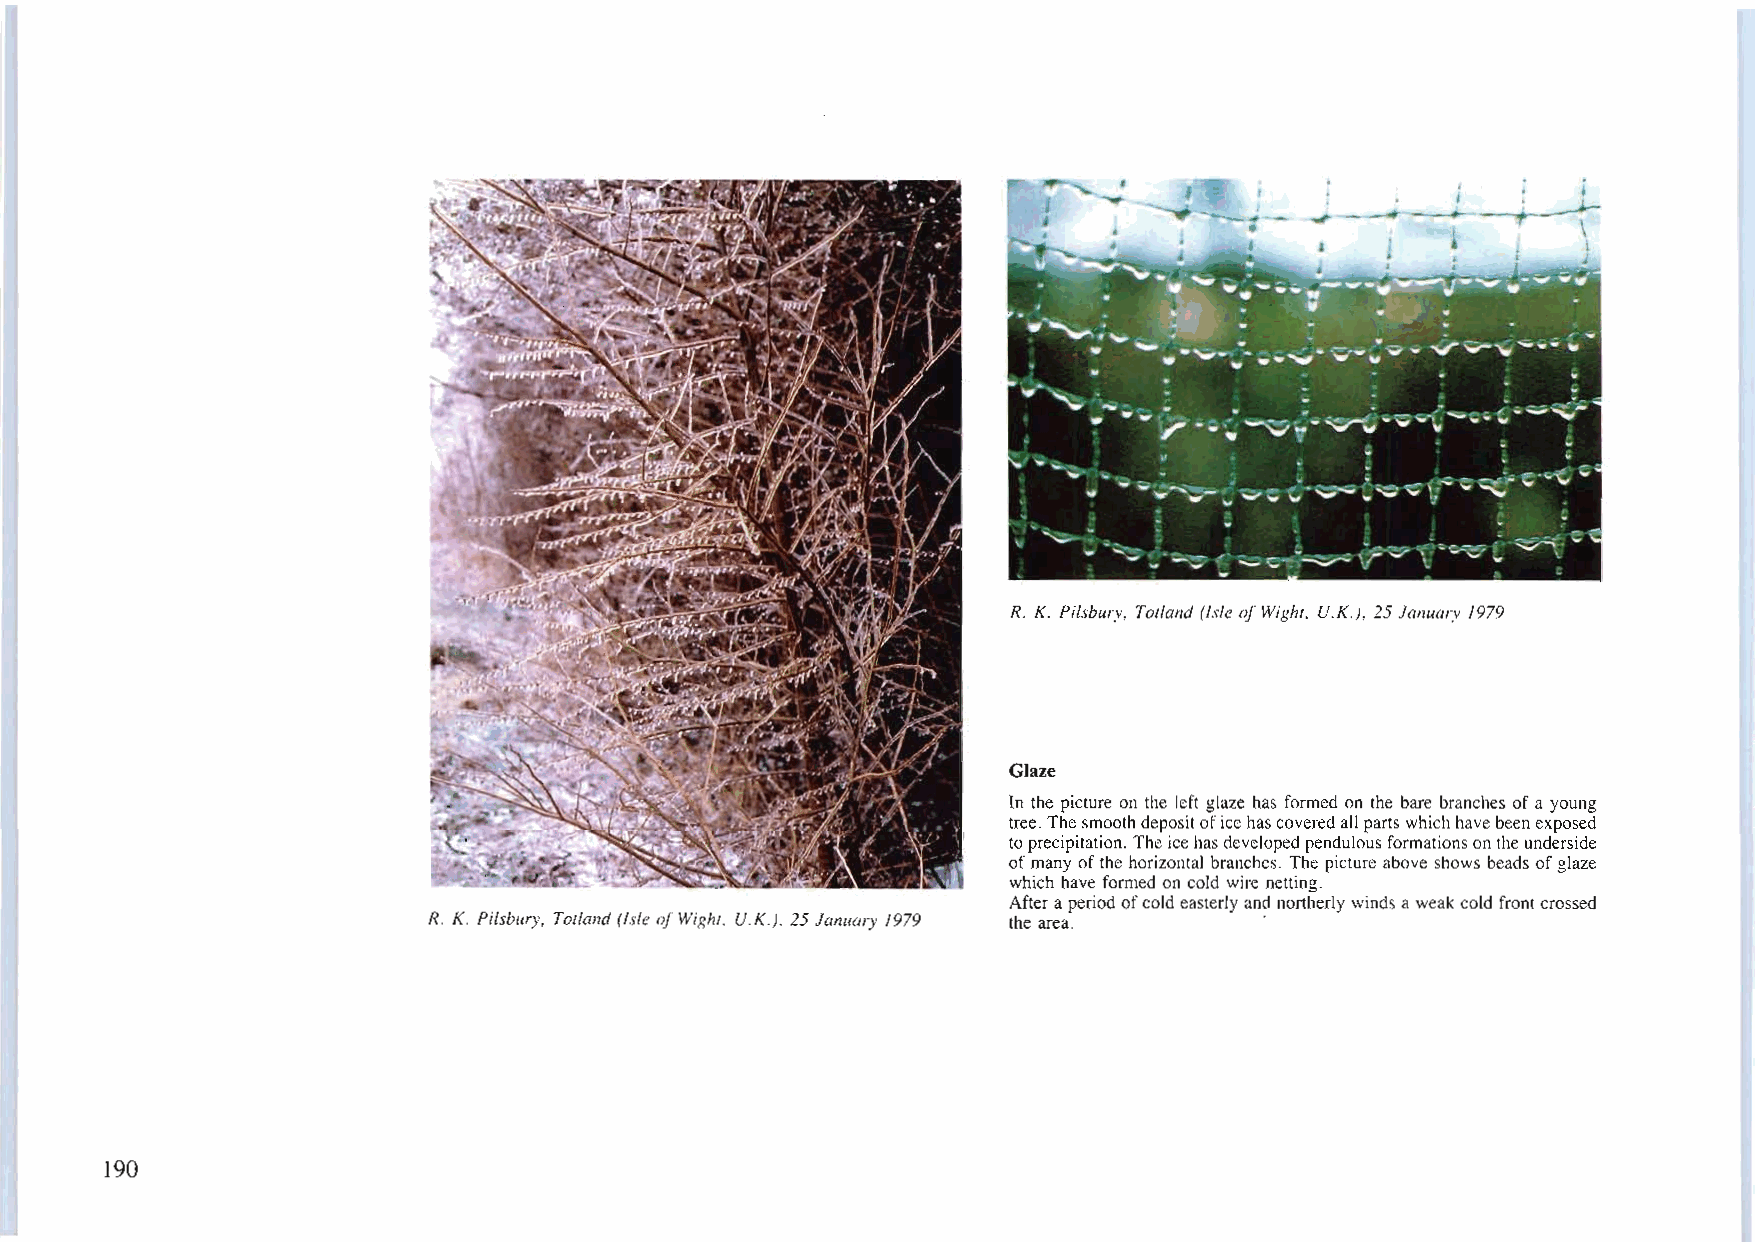
~                        '~tf;:,..~'-"
 ,..".,~,~  !-~         ":~
 ~~~,   •J•Ill".'.-.,..-;~_,c·"·/t'-!..~i=i:=-=,=;",' ", '~~,:wrW,•i
 I:" ,.
 .
 .~-~:   ~:',;c,.,;.':_ 'i 2v.J ..l!-t~:," .. ,":.: . ....._.._.. , "" ¥
 ..
 .....
 ---...  . "". '. -.. .. ..-.,- ,,' , 'C,-v. ,; qv-'t," /..
 ~--.-.
 ;
 ..
 ""-w
 \#-  .......-......... ... . ...
 ,
 -, ;-;.
 ,
 ~'t'.. ;~"~~.""":.;. ;;';..;=~'...;
 ;.
 -
 .... ~~- rn......~ "-"," .-....--..-.-
 ..
 -.;;..:; ~,,,,,-w~~~i:~~~i~e''''~~-
 ""                 'J  ""
 ..
 \,
 ~    .....:,_ -..-'-_~ ," ;:.,,;.;;;;;_;..;,..,_...-;; \.;:;:_~ <{>~ ;~'.
 C
 .. ---- v\:   .... \.
 R. K. Pilsbury. Totland (Isle ofWight. U.K.), 25 January 1979
 Glaze
 In the picture on the left glaze has formed on the bare branches ofa young
 tree. Thesmoothdepositoficehascoveredall partswhichhavebeenexposed
 toprecipitation. Theicehasdeveloped pendulousformations ontheunderside
 ofmany ofthe horizontal branches. The picture above shows beads ofglaze
 which have formed on cold wire netting.
 Aftera period ofcoldeasterly and northerly winds aweakcold front crossed
 R. K. Pilsbury, Totland (Isle ofWight, U.K.), 25 January 1979 the area. '
 190